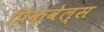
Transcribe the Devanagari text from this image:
प्रिक्वेल्स